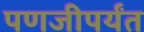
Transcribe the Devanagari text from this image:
पणजीपर्यंत